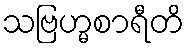
သဗြဟ္မစာရီတိ